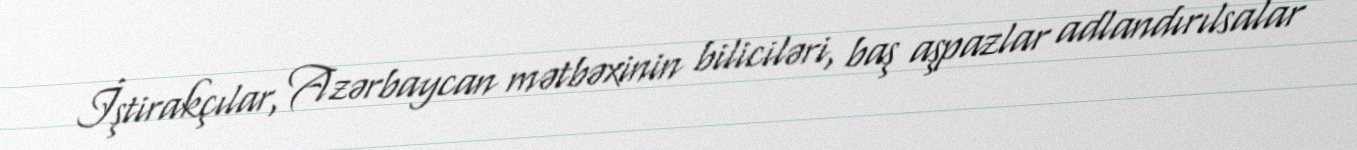
İştirakçılar, Azərbaycan mətbəxinin biliciləri, baş aşpazlar adlandırılsalar